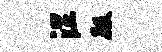
涅殿